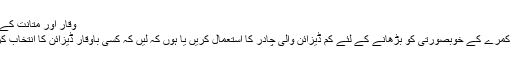
وقار اور متانت کے لئے
اپنے کمرے کے خوبصورتی کو بڑھانے کے لئے کم ڈیزائن والی چادر کا استعمال کریں یا ہوں کہ لیں کہ کسی باوقار ڈیزائن کا انتخاب کریں ۔